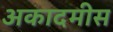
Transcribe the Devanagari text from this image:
अकादमीस